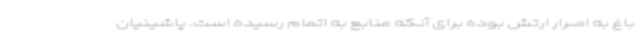
باغ به اصرار ارتش بوده برای آنکه منابع به اتمام رسیده است. پاشینیان